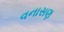
વનાસણ